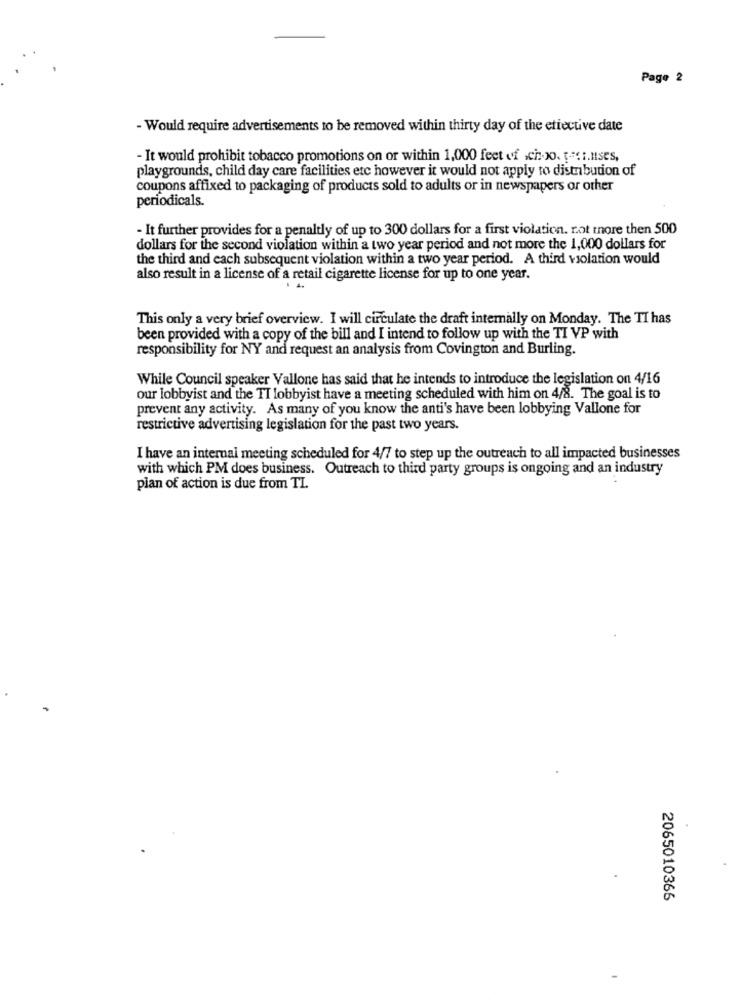
Page 2
- Would require advertisements to be removed within thirty day of the etiective date
- It would prohibit tobacco promotions on or within 1,000 feet of xixo. i.nses,
playgrounds, child day care facilities etc however it would not apply to distribution of
coupons affixed to packaging of products sold to adults or in newspapers or other
periodicals.
- It further provides for a penaltly of up to 300 dollars for a first violation. not more then 500
dollars for the second violation within a two year period and not more the 1,000 dollars for
the third and each subsequent violation within a two year period. A third violation would
also result in a license of a retail cigarette license for up to one year.
This only a very brief overview. I will circulate the draft internally on Monday. The TI has
been provided with a copy of the bill and I intend to follow up with the TI VP with
responsibility for NY and request an analysis from Covington and Burling.
While Council speaker Vallone has said that he intends to introduce the legislation on 4/16
our lobbyist and the TI lobbyist have a meeting scheduled with him on 4/8. The goal is to
prevent any activity. As many of you know the anti's have been lobbying Vallone for
restrictive advertising legislation for the past two years.
I have an internal meeting scheduled for 4/7 to step up the outreach to all impacted businesses
with which PM does business. Outreach to third party groups is ongoing and an industry
plan of action is due from TI.
2065010366